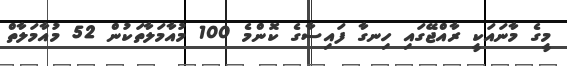
މީގެ މާނައަކީ ރާއްޖޭގައި ހިނގާ ފައިސާގެ ކޮންމެ 100 މުއާމަލާތަކުން 52 މުއާމަލާތް